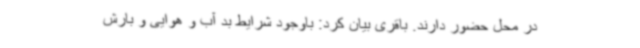
در محل حضور دارند. باقری بیان کرد: باوجود شرایط بد آب و هوایی و بارش